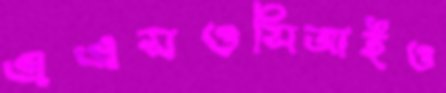
এএসওসিআইও